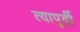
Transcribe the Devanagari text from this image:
त्यापुर्वी